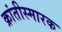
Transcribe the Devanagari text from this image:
क्रांतीस्मारक